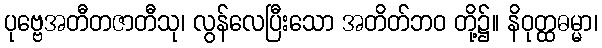
ပုဗ္ဗေအတီတဇာတီသု၊ လွန်လေပြီးသော အတိတ်ဘဝ တို့၌။ နိဝုတ္ထဓမ္မာ၊